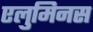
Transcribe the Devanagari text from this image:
एलुमिनस